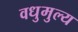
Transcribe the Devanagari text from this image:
वधुमुल्य